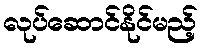
လုပ်ဆောင်နိုင်မည့်